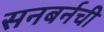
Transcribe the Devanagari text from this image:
सनबर्नची